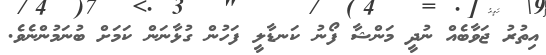
އިތުރު ޖަވާބެއް ނުދީ މަންޝާ ފޯނު ކަނޑާލީ ފަހުން ގުޅާނަން ކަމަށް ބުނަމުންނެވެ.